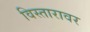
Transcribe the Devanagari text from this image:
विस्तारावर